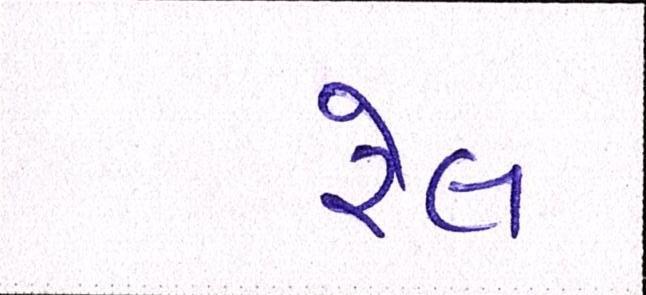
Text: રેલ